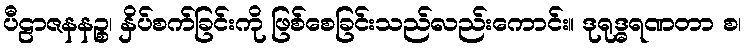
ပီဠာဇနနဉ္စ၊ နှိပ်စက်ခြင်းကို ဖြစ်စေခြင်းသည်လည်းကောင်း။ ဒုရုဒ္ဓရဏတာ စ၊